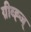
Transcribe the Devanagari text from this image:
ग्रीव्ह्ज्